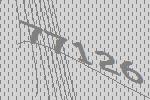
77126